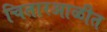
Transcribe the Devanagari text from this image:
चितारआळीत